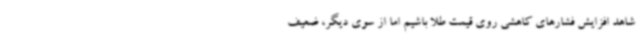
شاهد افزایش فشارهای کاهشی روی قیمت طلا باشیم اما از سوی دیگر، ضعیف